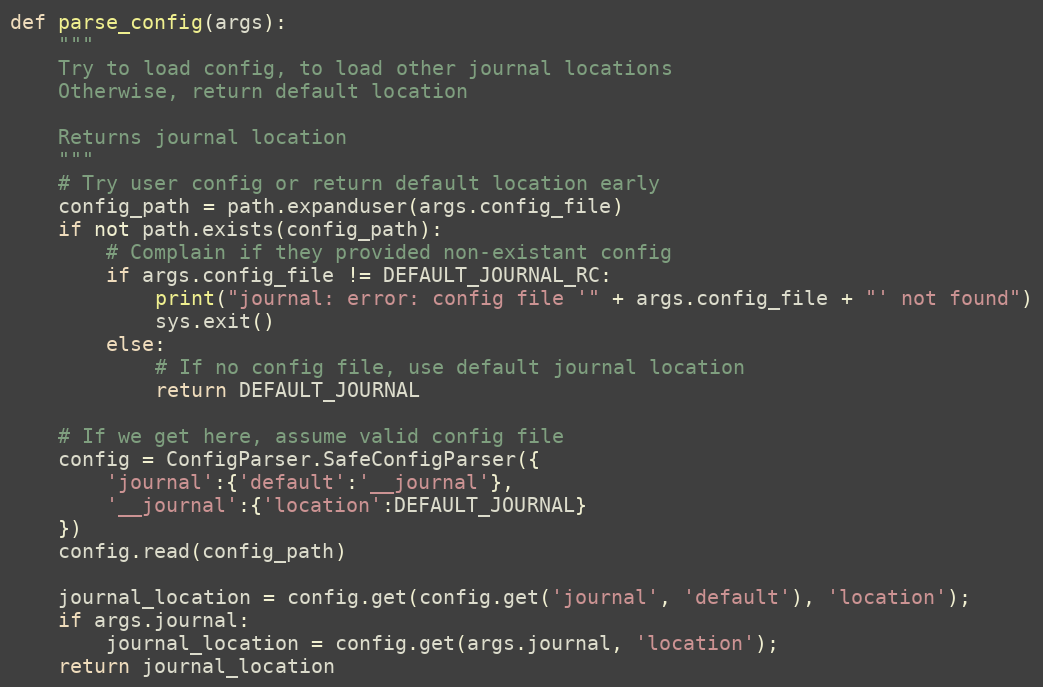
Language: Python
def parse_config(args):
    """
    Try to load config, to load other journal locations
    Otherwise, return default location

    Returns journal location
    """
    # Try user config or return default location early
    config_path = path.expanduser(args.config_file)
    if not path.exists(config_path):
        # Complain if they provided non-existant config
        if args.config_file != DEFAULT_JOURNAL_RC:
            print("journal: error: config file '" + args.config_file + "' not found")
            sys.exit()
        else:
            # If no config file, use default journal location
            return DEFAULT_JOURNAL

    # If we get here, assume valid config file
    config = ConfigParser.SafeConfigParser({
        'journal':{'default':'__journal'},
        '__journal':{'location':DEFAULT_JOURNAL}
    })
    config.read(config_path)

    journal_location = config.get(config.get('journal', 'default'), 'location');
    if args.journal:
        journal_location = config.get(args.journal, 'location');
    return journal_location